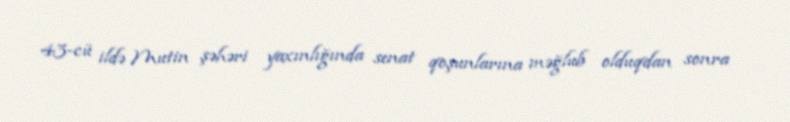
43-cü ildə Mutin şəhəri yaxınlığında senat qoşunlarına məğlub olduqdan sonra